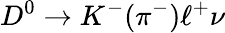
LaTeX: D^{0}\to K^{-}(\pi^{-})\ell^{+}\nu